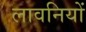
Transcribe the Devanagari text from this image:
लावनियों